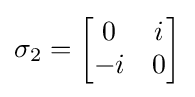
\sigma _{2}={\begin{bmatrix}0&i\\-i&0\end{bmatrix}}